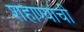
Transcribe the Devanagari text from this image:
शहाण्यांची